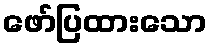
ဖော်ပြထားသော